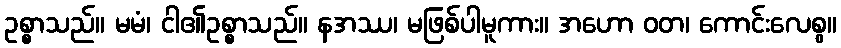
ဥစ္စာသည်။ မမံ၊ ငါ၏ဥစ္စာသည်။ နအဿ၊ မဖြစ်ပါမူကား။ အဟော ဝတ၊ ကောင်းလေစွ။